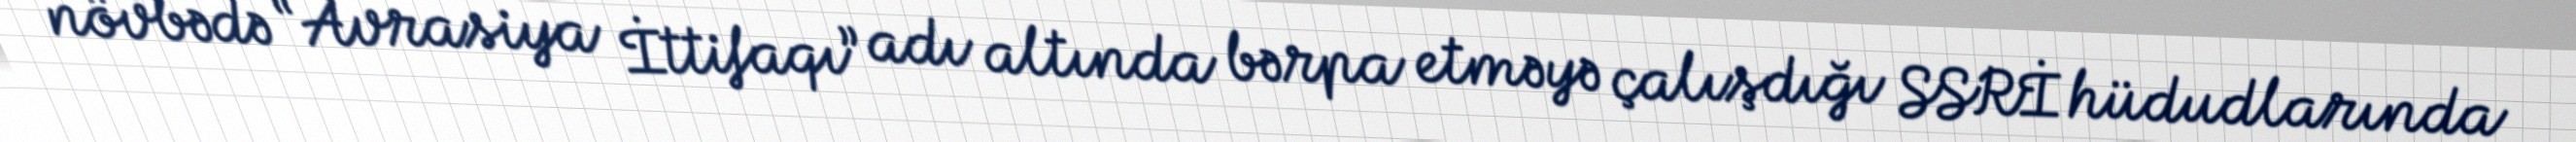
növbədə “Avrasiya İttifaqı” adı altında bərpa etməyə çalışdığı SSRİ hüdudlarında